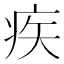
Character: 疾